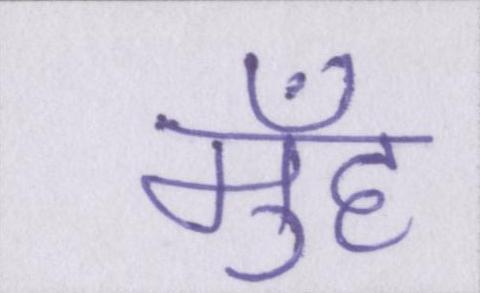
मुँह